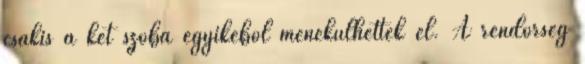
csakis a két szoba egyikéből menekülhettek el. A rendőrség